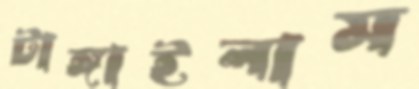
টাঙ্গাইলাম